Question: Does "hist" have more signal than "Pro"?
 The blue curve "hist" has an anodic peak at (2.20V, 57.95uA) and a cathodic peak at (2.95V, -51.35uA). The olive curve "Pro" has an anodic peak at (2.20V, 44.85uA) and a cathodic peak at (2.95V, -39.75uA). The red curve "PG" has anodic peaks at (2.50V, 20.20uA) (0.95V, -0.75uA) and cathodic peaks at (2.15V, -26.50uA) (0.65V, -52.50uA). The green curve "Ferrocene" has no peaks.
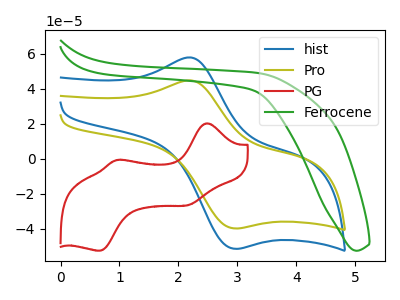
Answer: <think>All the peaks in "hist" have a peak in "Pro" at the same potential. Every peak in "hist" is higher than every peak in "Pro".
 </think>
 <answer>"hist" has more signal than "Pro".</answer>
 <eval>more_signal</eval>